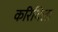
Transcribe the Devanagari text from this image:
करियिला